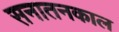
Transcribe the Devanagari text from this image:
सनातनकाल